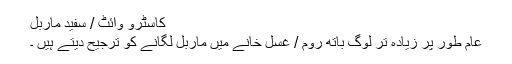
کاسٹرو وائٹ / سفید ماربل
عام طور پر زیادہ تر لوگ باتھ روم / غسل خانے میں ماربل لگانے کو ترجیح دیتے ہیں ۔